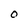
Character: O